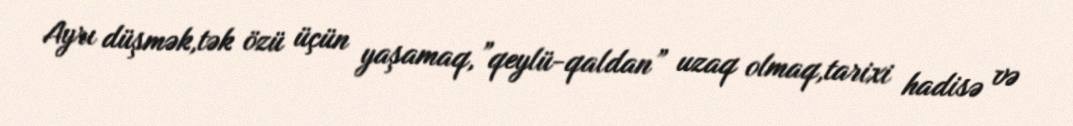
Ayrı düşmək,tək özü üçün yaşamaq,”qeylü-qaldan” uzaq olmaq,tarixi hadisə və